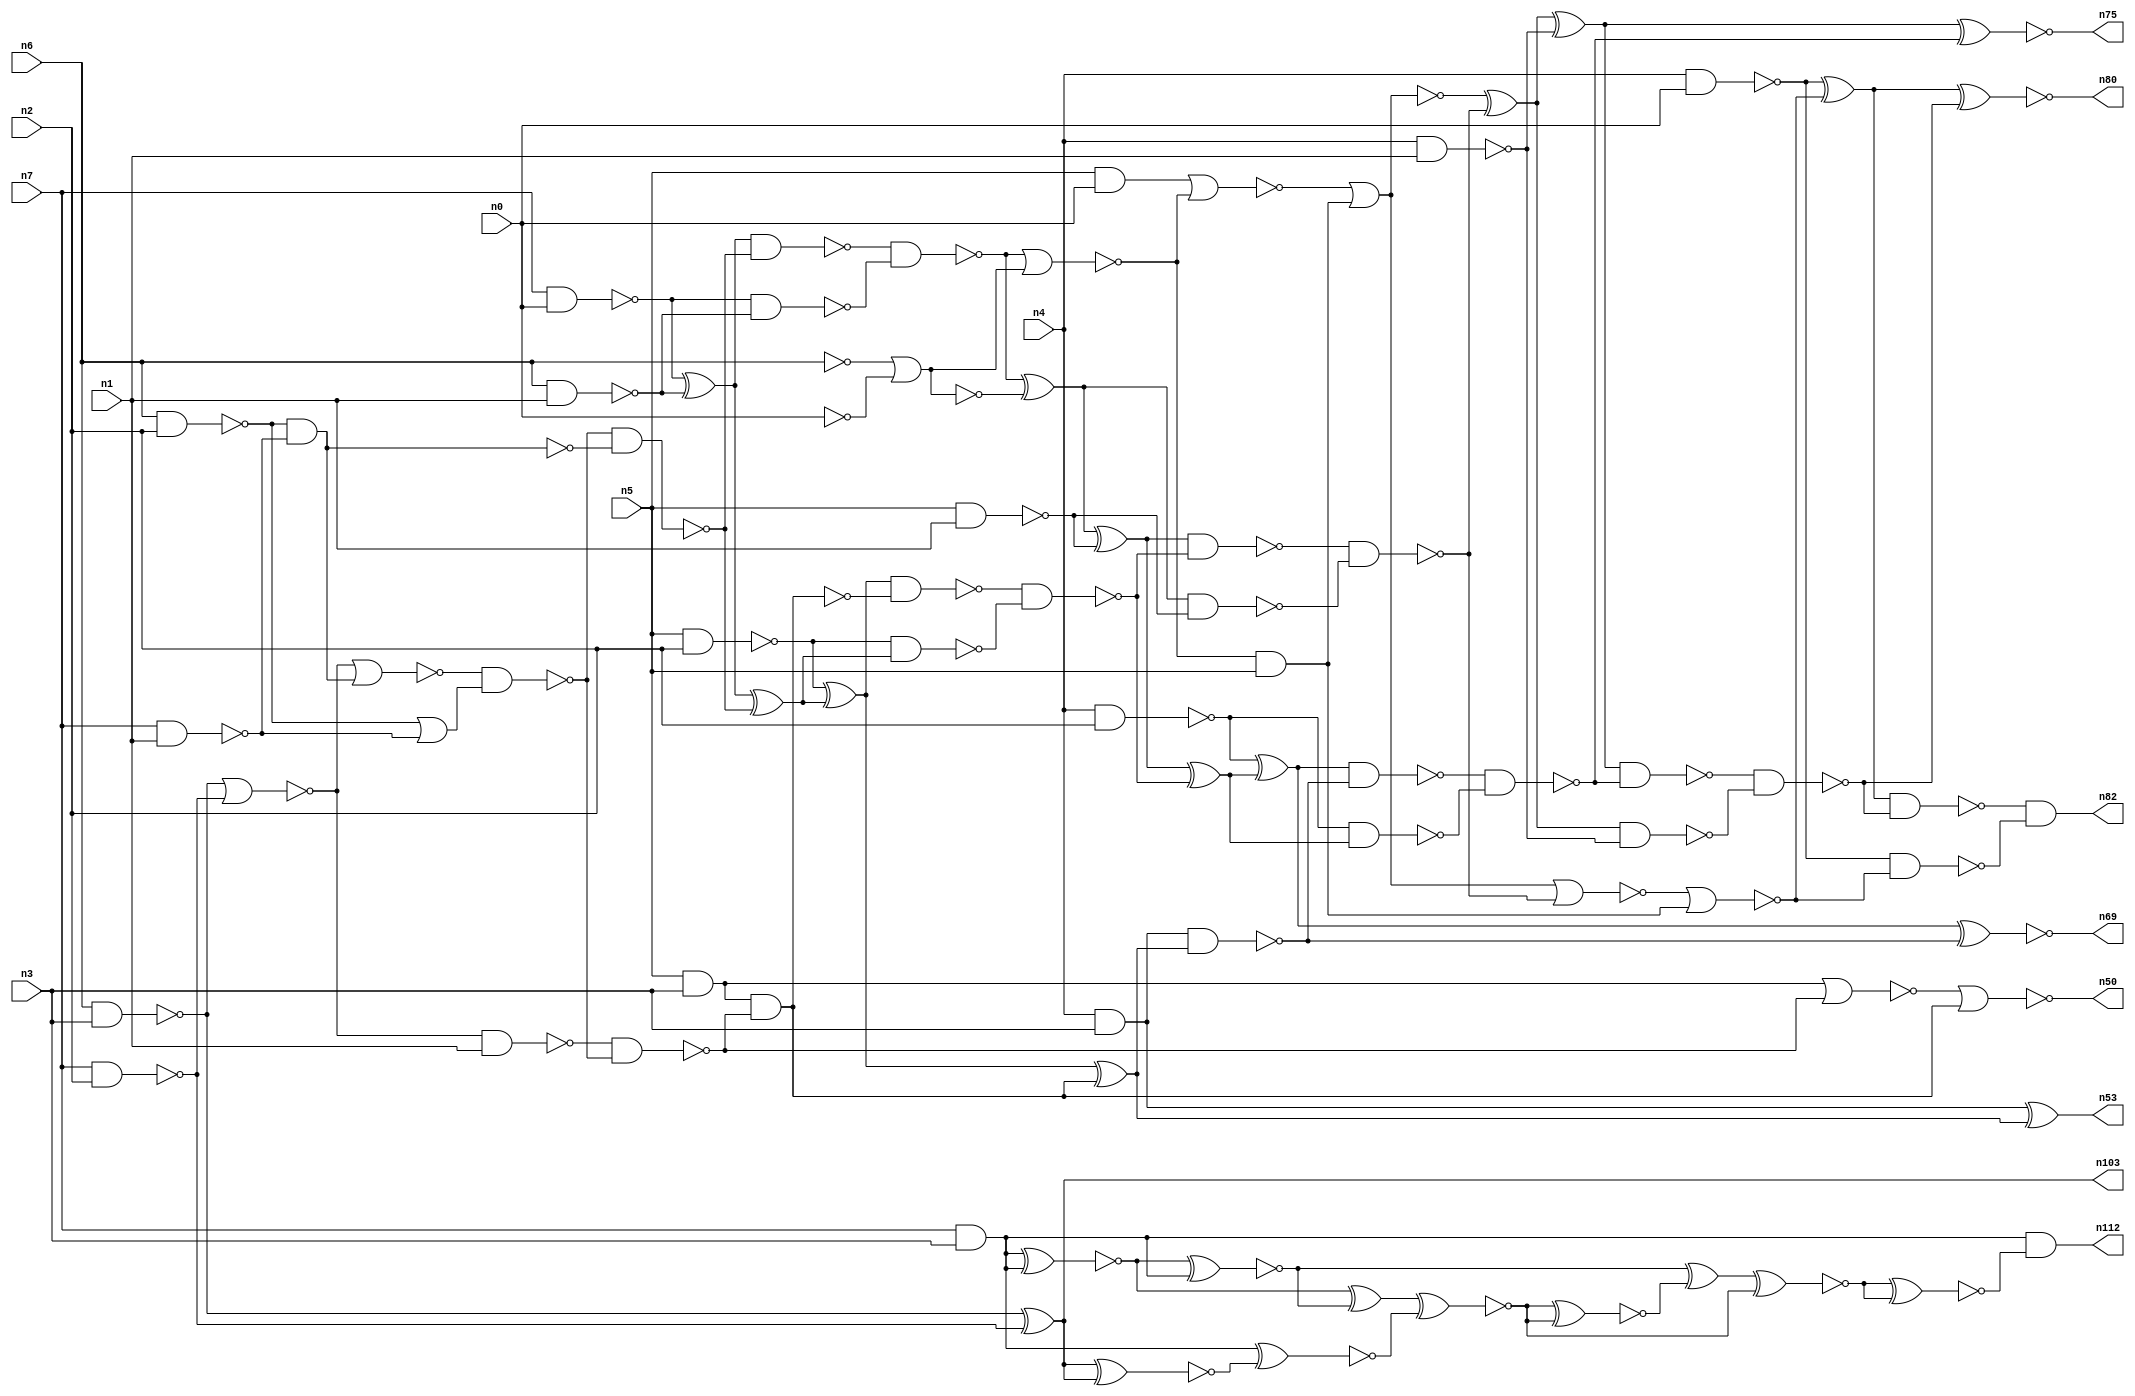
// This program was cloned from: https://github.com/umar-afzaal/ReCkt
// License: MIT License

// This file contains a pareto-optimal circuit with respect to pdp and the fault-resilince parameter p_fault which is defined as:
// "For all input vectors, the ratio of the no. of faults observable at the POs to the no. of total possible faults in the circuit".
// This code is part of the ReCkt library (https://github.com/umar-afzaal/ReCkt) distributed under The MIT License.
// When used, please cite the following article(s):
// U. Afzaal, A.S. Hassan, M. Usman and J.A. Lee, "On the Evolutionary Synthesis of Increased Fault-resilience Arithmetic Circuits".

// p_fault = 81.4 %    (Lower is better)
// gates = 89.0
// levels = 17
// area = 113.91    (For MCNC library relative to nand2)
// power = 667.1 uW    (Berkely-SIS for MCNC library @ Vdd=5V and 20 MHz clock)
// delay = 22.8 ns    (Berkely-ABC for MCNC library)
// PDP = 1.52099e-11 J

// Pin mapping:
// {n0, n1, n2, n3} = A[3:0]
// {n4, n5, n6, n7} = B[3:0]
// {n82, n80, n75, n69, n53, n50, n103, n112} = O[7:0]

module mult4u_pdp_14 (
n0, n1, n2, n3, n4, n5, n6, n7, 
n82, n80, n75, n69, n53, n50, n103, n112
);

input n0, n1, n2, n3, n4, n5, n6, n7;
output n82, n80, n75, n69, n53, n50, n103, n112;
wire n16, n73, n77, n26, n41, n40, n38, n78, n76, n46, n51, n83, n15, n66, n36, n67, n35, n18, n99, n32, 
n13, n21, n64, n92, n57, n65, n90, n33, n10, n17, n70, n96, n97, n61, n19, n58, n68, n81, n24, n74, 
n44, n20, n62, n60, n28, n59, n27, n79, n45, n71, n98, n25, n14, n43, n8, n88, n86, n39, n34, n37, 
n31, n42, n52, n56, n54, n12, n63, n30, n22, n85, n11, n49, n29, n9, n72, n47, n55, n23, n87, n48, 
n84;

nand (n8, n4, n0);
and (n9, n5, n0);
nand (n10, n5, n2);
not (n11, n6);
not (n12, n0);
nand (n13, n6, n1);
nand (n14, n5, n1);
nand (n15, n4, n2);
nand (n16, n4, n3);
nand (n17, n4, n1);
nand (n18, n7, n1);
nand (n19, n6, n3);
and (n20, n7, n3);
nand (n21, n7, n0);
nand (n22, n7, n2);
nand (n23, n6, n2);
and (n24, n5, n3);
xor (n25, n21, n13);
and (n26, n23, n18);
nand (n27, n21, n13);
xor (n28, n19, n22);
not (n29, n16);
nor (n30, n19, n22);
nor (n31, n11, n12);
or (n32, n23, n18);
not (n33, n31);
nand (n34, n30, n1);
nor (n35, n30, n26);
not (n36, n26);
nand (n37, n35, n32);
nand (n38, n37, n36);
nand (n39, n34, n37);
nand (n40, n25, n38);
nor (n41, n24, n39);
xor (n42, n25, n38);
nand (n43, n24, n39);
nand (n44, n40, n27);
xor (n45, n10, n42);
not (n46, n43);
nand (n47, n10, n42);
nor (n48, n44, n33);
xor (n49, n44, n31);
nor (n50, n41, n46);
nand (n51, n45, n43);
xor (n52, n45, n46);
xor (n53, n29, n52);
nand (n54, n51, n47);
nand (n55, n49, n14);
nor (n56, n9, n48);
xor (n57, n49, n14);
nand (n58, n29, n52);
and (n59, n48, n5);
xor (n60, n57, n54);
nand (n61, n57, n54);
nor (n62, n56, n59);
not (n63, n62);
nand (n64, n15, n60);
xor (n65, n15, n60);
nand (n66, n61, n55);
nand (n67, n65, n58);
xor (n68, n62, n66);
xnor (n69, n65, n58);
nor (n70, n63, n66);
xor (n71, n68, n17);
nand (n72, n68, n17);
nand (n73, n67, n64);
nor (n74, n70, n59);
xnor (n75, n71, n73);
nand (n76, n71, n73);
nand (n77, n8, n74);
xor (n78, n8, n74);
nand (n79, n76, n72);
xnor (n80, n78, n79);
nand (n81, n78, n79);
and (n82, n81, n77);
xnor (n83, n28, n28);
xnor (n84, n20, n20);
xnor (n85, n84, n20);
xor (n86, n84, n85);
xnor (n87, n20, n83);
xnor (n88, n86, n87);
xnor (n90, n20, n83);
xnor (n92, n90, n86);
xnor (n96, n88, n92);
xor (n97, n85, n96);
xnor (n98, n97, n92);
xnor (n99, n98, n98);
xor (n103, n19, n22);
and (n112, n20, n99);

endmodule